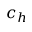
c _ { h }